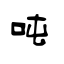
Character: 吨